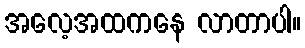
အလေ့အထကနေ လာတာပါ။